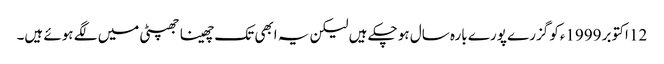
12 اکتوبر 1999ءکو گزرے پورے بارہ سال ہو چکے ہیں لیکن یہ ابھی تک چھینا جھپٹی میں لگے ہوئے ہیں۔